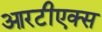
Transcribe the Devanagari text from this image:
आरटीएक्स